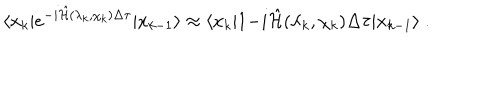
\langle x _ { k } | e ^ { - i \hat { { \cal H } } ( \lambda _ { k } , \chi _ { k } ) \Delta \tau } | x _ { k - 1 } \rangle \approx \langle x _ { k } | 1 { - i \hat { { \cal H } } ( \lambda _ { k } , \chi _ { k } ) \Delta \tau } | x _ { k - 1 } \rangle \; .